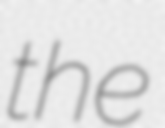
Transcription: the